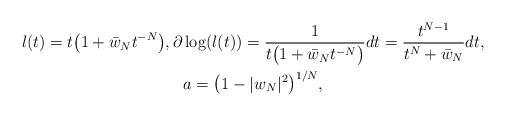
LaTeX: \begin{gather*}l(t)=t\big(1+\bar{w}_Nt^{-N}\big),\partial \log (l(t))=\frac1{t\big(1+\bar{w}_Nt^{-N}\big)}dt=\frac{t^{N-1}}{t^N+\bar{w}_N}dt,\\a=\big(1-\vert w_N\vert^2\big)^{1/N},\end{gather*}